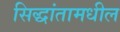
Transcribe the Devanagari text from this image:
सिद्धांतामधील